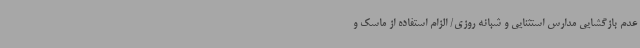
عدم بازگشایی مدارس استثنایی و شبانه روزی/ الزام استفاده از ماسک و